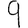
Digit: 9